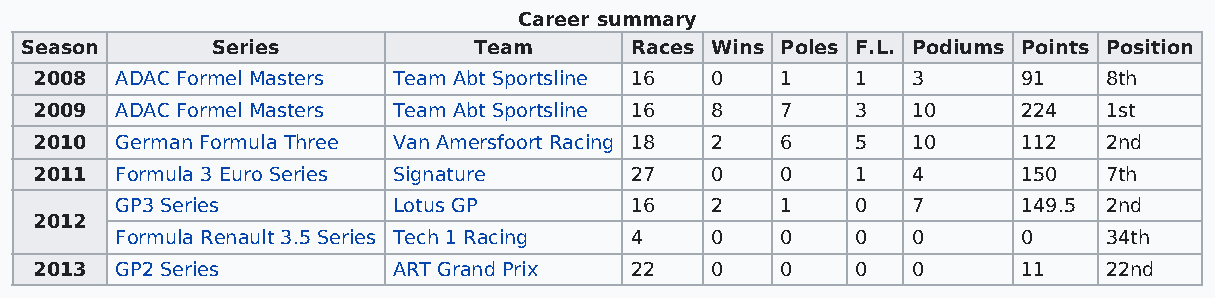
Career summary
 Season       Series           Team       Races Wins Poles F.L. Podiums Points Position
 2008  ADAC Formel Masters Team Abt Sportsline 16 0 1   1  3       91   8th
 2009  ADAC Formel Masters Team Abt Sportsline 16 8 7   3  10      224  1st
 2010  German Formula Three Van Amersfoort Racing 18 2 6 5 10      112  2nd
 2011  Formula 3 Euro Series Signature   27   0    0    1  4       150  7th
 GP3 Series        Lotus GP        16   2    1    0  7       149.5 2nd
 2012
 Formula Renault 3.5 Series Tech 1 Racing 4 0 0   0  0       0    34th
 2013  GP2 Series        ART Grand Prix  22   0    0    0  0       11   22nd